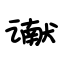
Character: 谳